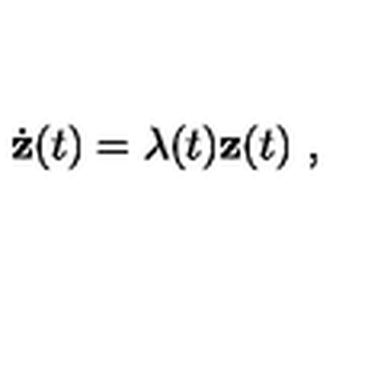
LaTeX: \dot { \bf z } ( t ) = \lambda ( t ) { \bf z } ( t ) \ ,